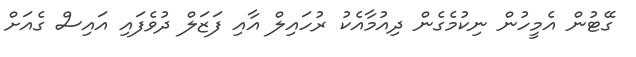
ގޭޓުން އެމީހުން ނިކުމެގެން ދިއުމާއެކު ރުހައިލް އާއި ފަޒަލް ދުވެފައި އައިސް ގެއަށް